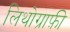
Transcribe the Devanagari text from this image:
लिथोग्राफ़ी